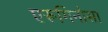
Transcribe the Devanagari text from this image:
एरूगिनोसा